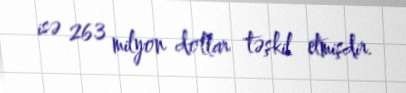
isə 263 milyon dollar təşkil etmişdir.